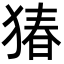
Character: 𬌸